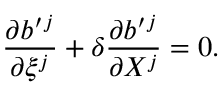
\frac { \partial b ^ { \prime } { } ^ { j } } { \partial \xi ^ { j } } + \delta \frac { \partial b ^ { \prime } { } ^ { j } } { \partial X ^ { j } } = 0 .